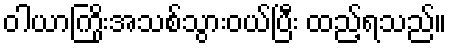
ဝါယာကြိုးအသစ်သွားဝယ်ပြီး ထည့်ရသည်။